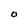
Character: O